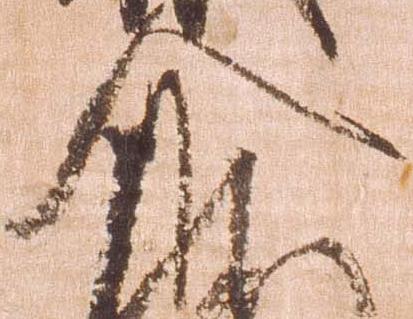
介